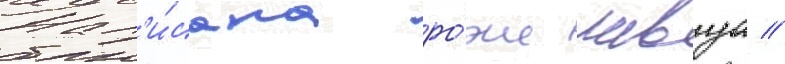
Нап'и́сана ро́же лавуа //